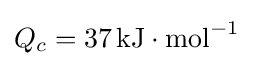
Q_{c}=37\,\mathrm {kJ} \cdot \mathrm {mol} ^{-1}